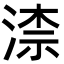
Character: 渿